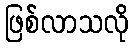
ဖြစ်လာသလို